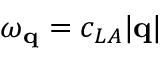
\omega _ { \mathbf { q } } = c _ { L A } | \mathbf { q } |